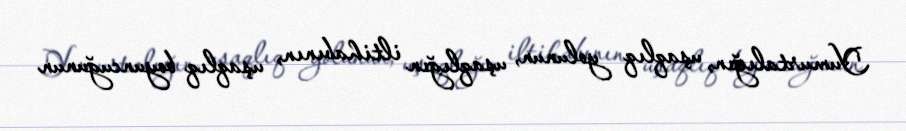
Yumurtalığın, uşaqlıq yolunun, uşaqlığın iltihabının, uşaqlıq boyuncuğunun